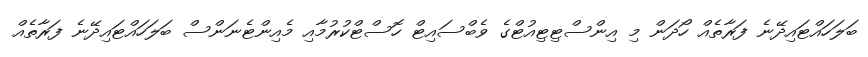
ބަލަހައްޓައިދޭނެ ފަރާތެއް ހޯދަން މި އިންސްޓިޓިއުޓްގެ ވެބްސައިޓް ހޮސްޓްކުރުމާއި މެއިންޓެނަންސް ބަލަހައްޓައިދޭނެ ފަރާތެއް